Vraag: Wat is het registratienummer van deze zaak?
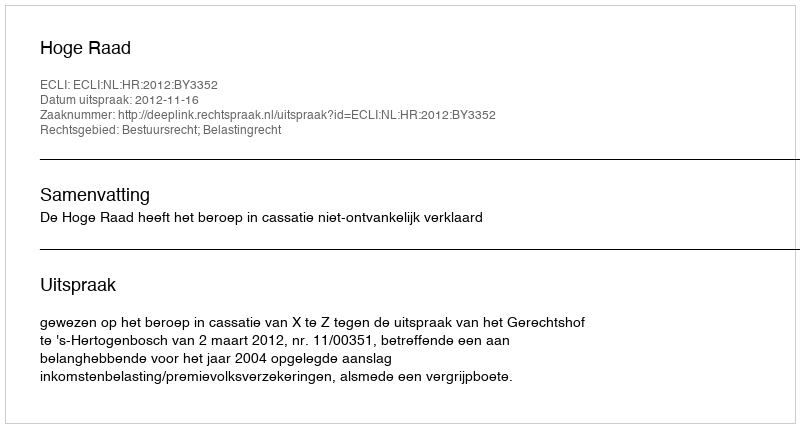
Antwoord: http://deeplink.rechtspraak.nl/uitspraak?id=ECLI:NL:HR:2012:BY3352